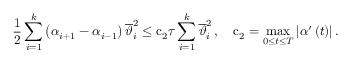
\frac { 1 } { 2 } \sum _ { i = 1 } ^ { k } { \left( { \alpha } _ { i + 1 } - { \alpha } _ { i - 1 } \right) { \overline { { \vartheta } } } _ { i } ^ { 2 } } \leq { \mathrm { c } } _ { 2 } { \tau } \sum _ { i = 1 } ^ { k } { { \overline { { \vartheta } } } _ { i } ^ { 2 } } \, , \quad { \mathrm { c } } _ { 2 } = \operatorname* { m a x } _ { 0 \leq t \leq { T } } { \left| { \alpha } ^ { \prime } \left( t \right) \right| } \, .